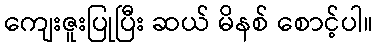
ကျေးဇူးပြုပြီး ဆယ် မိနစ် စောင့်ပါ။